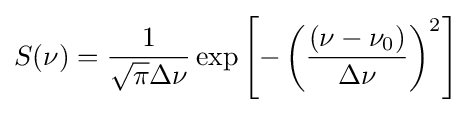
S(\nu )={\frac {1}{{\sqrt {\pi }}\Delta \nu }}\exp \left[-\left({\frac {\left(\nu -\nu _{0}\right)}{\Delta \nu }}\right)^{2}\right]